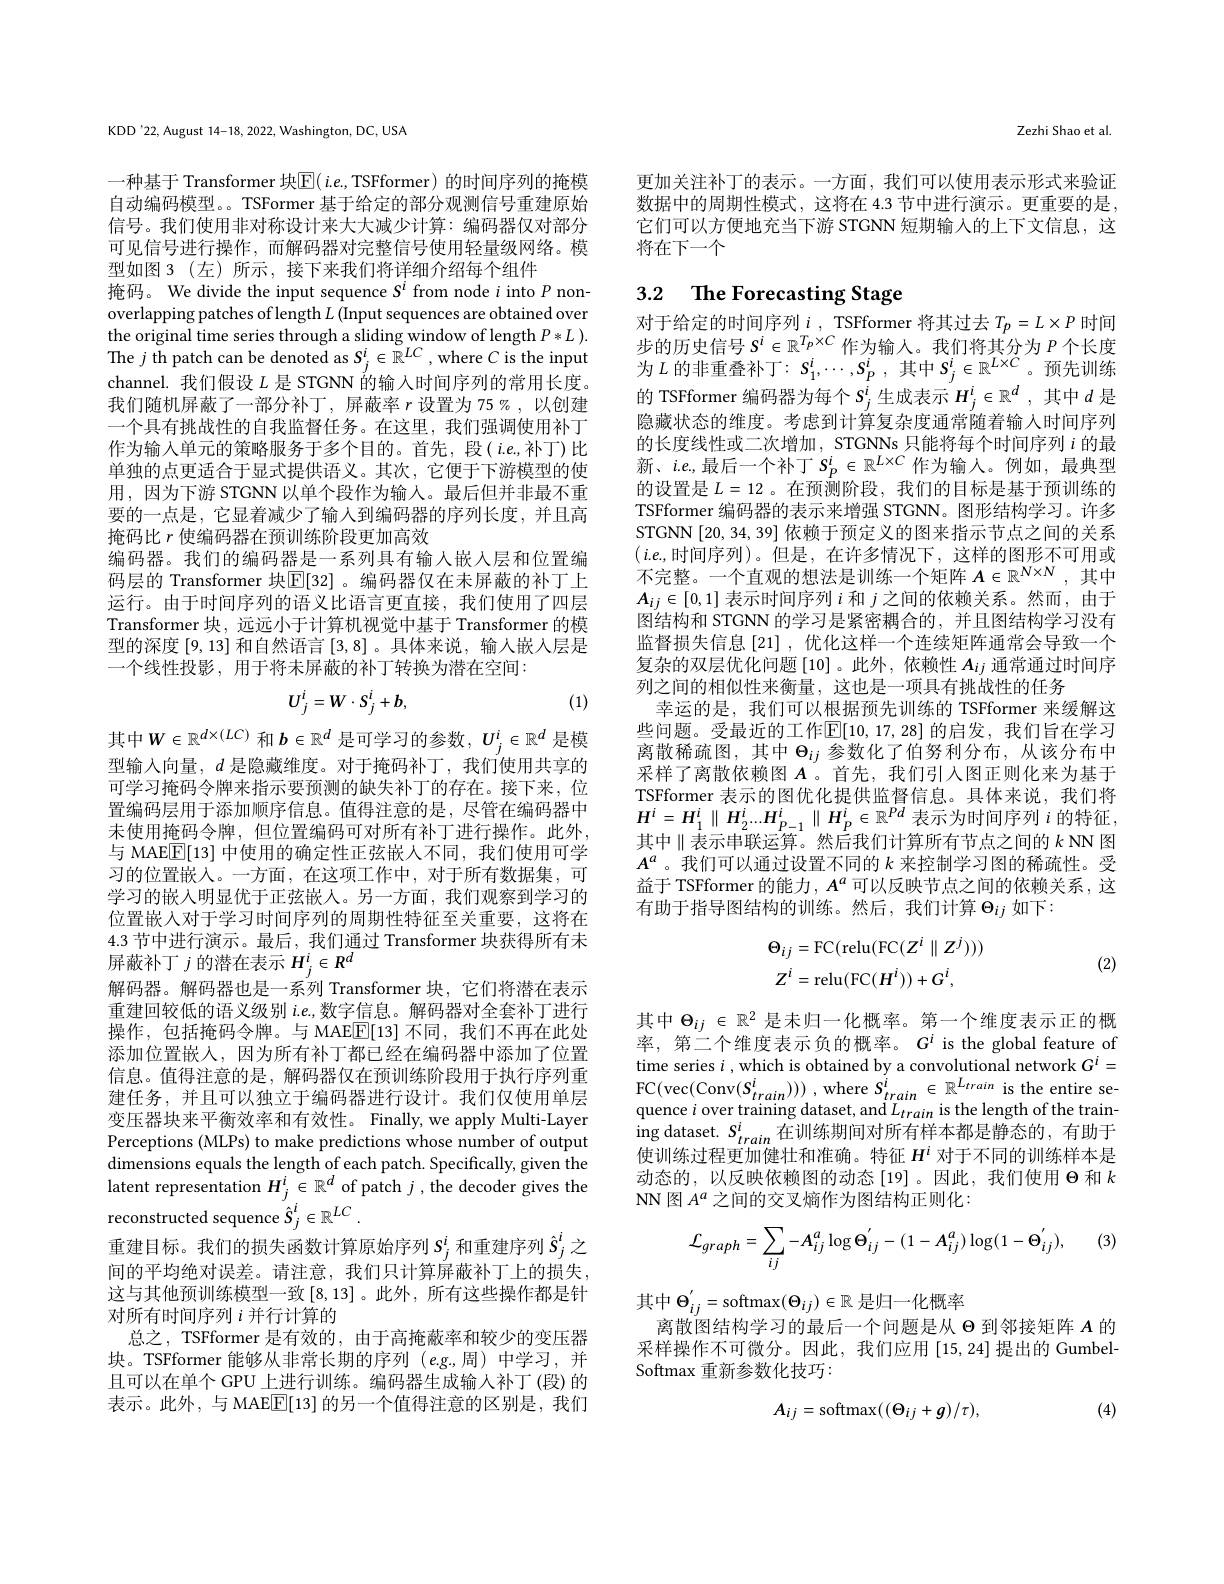
KDD'22, August 14-18, 2022, Washington, DC, USA

一种基于 Transformer 块$\boxed{\mathbb{F}}(i.e$,TSFformer)的时间序列的掩模自动编码模型。。TSFormer 基于给定的部分观测信号重建原始信号。我们使用非对称设计来大大减少计算：编码器仅对部分可见信号进行操作，而解码器对完整信号使用轻量级网络。模型如图 3 (左) 所示，接下来我们将详细介绍每个组件
掩码。We divide the input sequence $S^i$ from node $i$ into $P$ nonoverlapping patches of length $L$ (Input sequences are obtained over the original time series through a sliding window of length $P*L).$ The $j$ th patch can be denoted as $S_j^i\in\mathbb{R}^{LC}$,where $C$ is the input channel. 我们假设$L$是 STGNN 的输入时间序列的常用长度。我们随机屏蔽了一部分补丁，屏蔽率$r$设置为 75%,以创建一个具有挑战性的自我监督任务。在这里，我们强调使用补丁作为输入单元的策略服务于多个目的。首先，段(i.e,补丁)比单独的点更适合于显式提供语义。其次，它便于下游模型的使用，因为下游 STGNN 以单个段作为输人。最后但并非最不重要的一点是，它显着减少了输人到编码器的序列长度，并且高掩码比$r$使编码器在预训练阶段更加高效
编码器。我们的编码器是一系列具有输人嵌入层和位置编码层的 Transformer 块$\mathbb{E}[32]$ 。编码器仅在未屏蔽的补丁上运行。由于时间序列的语义比语言更直接，我们使用了四层Transformer 块，远远小于计算机视觉中基于 Transformer 的模型的深度[9,13]和自然语言[3,8] 。具体来说，输入嵌人层是一个线性投影 , 用于将未屏蔽的补丁转换为潜在空间：
$$U_{j}^{i}=W\cdot S_{j}^{i}+b,$$
(1)

其中$W\in\mathbb{R}^d\times(LC)$和$b\in\mathbb{R}^d$是可学习的参数，$U_i^i\in\mathbb{R}^d$是模型输入向量，$d$是隐藏维度。对于掩码补丁，我们使用共享的可学习掩码令牌来指示要预测的缺失补丁的存在。接下来，位置编码层用于添加顺序信息。值得注意的是，尽管在编码器中未使用掩码令牌，但位置编码可对所有补丁进行操作。此外， 与 MAE$\overline{\mathbb{E}}[13]$中使用的确定性正弦嵌人不同，我们使用可学习的位置嵌入。一方面，在这项工作中，对于所有数据集，可学习的嵌入明显优于正弦嵌人。另一方面，我们观察到学习的位置嵌入对于学习时间序列的周期性特征至关重要，这将在4.3节中进行演示。最后，我们通过 Transformer 块获得所有未屏蔽补丁$j$的潜在表示$H_j^i\in R^d$
解码器。解码器也是一系列 Transformer 块，它们将潜在表示重建回较低的语义级别 $i.e.$,数字信息。解码器对全套补丁进行操作，包括掩码令牌。与 MAE$\overline{\mathrm{E}}[13]$不同，我们不再在此处添加位置嵌入，因为所有补丁都已经在编码器中添加了位置信息。值得注意的是，解码器仅在预训练阶段用于执行序列重建任务，并且可以独立于编码器进行设计。我们仅使用单层变压器块来平衡效率和有效性。Finally, we apply Multi-Layer Perceptions (MLPs) to make predictions whose number of output dimensions equals the length of each patch. Specifically, given the $\hat{\text{latent representation }H_j^i}\in\mathbb{R}^d$ of patch $j,\hat{\text{the decoder gives the}}$ reconstructed sequence $\hat{S} _j^i\in \mathbb{R} ^{LC}$ .
重建目标。我们的损失函数计算原始序列$S_j^i$和重建序列$\hat{S}_j^i$之间的平均绝对误差。请注意，我们只计算屏蔽补丁上的损失， 这与其他预训练模型一致[8,13]。此外，所有这些操作都是针对所有时间序列$i$并行计算的
总之，TSFformer 是有效的，由于高掩蔽率和较少的变压器块。TSFformer 能够从非常长期的序列 $(e.g.$,周)中学习，并且可以在单个 GPU 上进行训练。编码器生成输人补丁(段)的表示。此外，与 MAE$\boxed{\mathrm{E}}[13]$的另一个值得注意的区别是，我们

Zezhi Shao et al

更加关注补丁的表示。一方面，我们可以使用表示形式来验证数据中的周期性模式，这将在 4.3 节中进行演示。更重要的是， 它们可以方便地充当下游 STGNN 短期输入的上下文信息，这将在下一个

# 3.2 The Forecasting Stage

对于给定的时间序列$i$,TSFformer 将其过去 $T_p=L\times P$ 时间步的历史信号$S^i\in\mathbb{R}^{T_p\times C}$作为输人。我们将其分为$P$个长度为$L$ 的非重叠补丁$:S_1^i,\cdots,S_p^i$,其中$S_j^i\in\mathbb{R}^{L\times C}$。预先训练的 TSFformer 编码器为每个$s_j^i$生成表示 $H_j^i\in\mathbb{R}^d$, 其中 $d$ 是隐藏状态的维度。考虑到计算复杂度通常随着输人时间序列的长度线性或二次增加，STGNNs 只能将每个时间序列$i$的最新、$i.e$,最后一个补丁$S_P^i\in\mathbb{R}^{L\times C}$作为输人。例如，最典型的设置是$L=12$ 。在预测阶段，我们的目标是基于预训练的TSFformer 编码器的表示来增强 STGNN。图形结构学习。许多STGNN[20,34,39] 依赖于预定义的图来指示节点之间的关系$(i.e$,时间序列)。但是，在许多情况下，这样的图形不可用或不完整。一个直观的想法是训练一个矩阵$A\in\mathbb{R}^N\times N$,其中$A_{ij}\in[0,1]$表示时间序列$i$和$j$之间的依赖关系。然而，由于图结构和 STGNN 的学习是紧密耦合的，并且图结构学习没有监督损失信息[21] ,优化这样一个连续矩阵通常会导致一个复杂的双层优化问题[10]。此外，依赖性$A_ij$通常通过时间序列之间的相似性来衡量，这也是一项具有挑战性的任务
幸运的是，我们可以根据预先训练的 TSFformer 来缓解这些问题。受最近的工作$\mathbb{E}[10,17,28]$ 的启发，我们旨在学习离散稀疏图，其中$\Theta_{ij}$ 参数化了伯努利分布，从该分布中采样了离散依赖图$A$ 。首先，我们引人图正则化来为基于TSFformer 表示的图优化提供监督信息。具体来说，我们将$H^i=H_1^i\parallel H_2^i...H_{P-1}^i\parallel H_P^i\in\mathbb{R}^{Pd}$表示为时间序列$i$ 的特征， 其中$\parallel\bar{\text{表示串联运算。然后我们计算所有节点之间的}k}$ NN 图$A^a$。我们可以通过设置不同的$k$ 来控制学习图的稀疏性。受益于 TSFformer 的能力$,A^a$可以反映节点之间的依赖关系，这有助于指导图结构的训练。然后，我们计算$\Theta_{ij}$如下：
$$\begin{aligned}&\Theta_{ij}=\mathrm{FC}(\mathrm{relu}(\mathrm{FC}(Z^{i}\parallel Z^{j})))\\&Z^{i}=\mathrm{relu}(\mathrm{FC}(H^{i}))+G^{i},\end{aligned}$$
(2)

其中$\Theta_{ij}\in\mathbb{R}^2$是未归一化概率。第一个维度表示正的概率，第二个维度表示负的概率。$G^i$ is the global feature of time series $i$ , which is obtained by a convolutional network $G^i=$ FC(vec(Conv$( S_{train}^{i}) ) )$ ,where $S_{train}^{i}\in \mathbb{R} ^{L_{train}}$ is the entire se- quence $i$ over training dataset, and $L_{train}$ is the length of the training dataset. $S_{train}^i$在训练期间对所有样本都是静态的，有助于使训练过程更加健壮和准确。特征$H^i$对于不同的训练样本是动态的，以反映依赖图的动态[19]。因此，我们使用$\Theta$和$k$ NN图$A^a$ 之间的交叉熵作为图结构正则化：

(3)
$$\mathcal{L}_{graph}=\sum_{ij}-A_{ij}^{a}\log\Theta_{ij}^{'}-(1-A_{ij}^{a})\log(1-\Theta_{ij}^{'}),$$
其中$\Theta_ij^{'}=$softmax$(\Theta_ij)\in\mathbb{R}$ 是归一化概率
离散图结构学习的最后一个问题是从$\Theta$到邻接矩阵$A$的采样操作不可微分。因此，我们应用[15,24]提出的 GumbelSoftmax 重新参数化技巧：

(4)
$$A_{ij}=\mathrm{softmax}((\Theta_{ij}+g)/\tau),$$